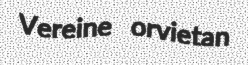
Vereine orvietan